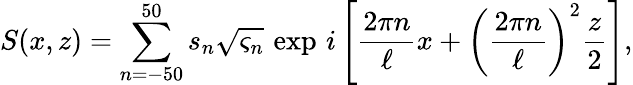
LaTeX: S(x,z)=\sum_{n=-50}^{50}s_{n}\sqrt{\varsigma_{n}}\, \exp\, i\left\lbrack\frac{2\pi n}{\ell}x+\left(\frac{2\pi n}{\ell}\right)^{2}\frac{z}{2}\right\rbrack,